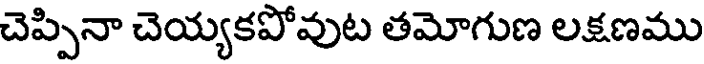
చెప్పినా చెయ్యకపోవుట తమోగుణ లక్షణము